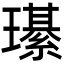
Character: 𤪌